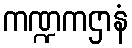
ကဏ္ဍကဌာနံ